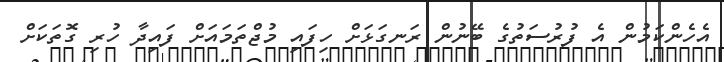
އެހެންކަމުން އެ ފުރުސަތުގެ ބޭނުން ރަނގަޅަށް ހިފައި މުޖްތަމައަށް ފައިދާ ހުރި ގޮތަކަށް